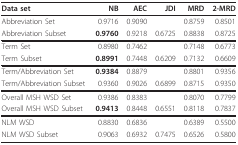
<table><thead><tr><td><b>Data set</b></td><td><b>NB</b></td><td><b>AEC</b></td><td><b>JDI</b></td><td><b>MRD</b></td><td><b>2-MRD</b></td></tr></thead><tbody><tr><td>Abbreviation Set</td><td>0.9716</td><td>0.9090</td><td></td><td>0.8759</td><td>0.8501</td></tr><tr><td>Abbreviation Subset</td><td><b>0.9760</b></td><td>0.9218</td><td>0.6725</td><td>0.8838</td><td>0.8725</td></tr><tr><td>Term Set</td><td>0.8980</td><td>0.7462</td><td></td><td>0.7148</td><td>0.6773</td></tr><tr><td>Term Subset</td><td><b>0.8991</b></td><td>0.7448</td><td>0.6209</td><td>0.7132</td><td>0.6609</td></tr><tr><td>Term/Abbreviation Set</td><td><b>0.9384</b></td><td>0.8879</td><td></td><td>0.8801</td><td>0.9356</td></tr><tr><td>Term/Abbreviation Subset</td><td>0.9360</td><td>0.9026</td><td>0.6899</td><td>0.8715</td><td>0.9350</td></tr><tr><td>Overall MSH WSD Set</td><td>0.9386</td><td>0.8383</td><td></td><td>0.8070</td><td>0.7799</td></tr><tr><td>Overall MSH WSD Subset</td><td><b>0.9413</b></td><td>0.8448</td><td>0.6551</td><td>0.8118</td><td>0.7837</td></tr><tr><td>NLM WSD</td><td>0.8830</td><td>0.6836</td><td></td><td>0.6389</td><td>0.5500</td></tr><tr><td>NLM WSD Subset</td><td>0.9063</td><td>0.6932</td><td>0.7475</td><td>0.6526</td><td>0.5800</td></tr></tbody></table>